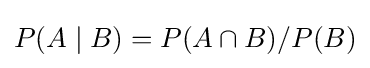
{\textstyle P(A\mid B)=P(A\cap B)/P(B)}